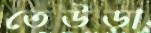
তেউড়া